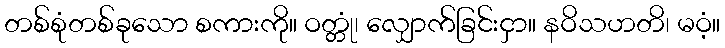
တစ်စုံတစ်ခုသော စကားကို။ ဝတ္တုံ၊ လျှောက်ခြင်းငှာ။ နဝိသဟတိ၊ မဝံ့။